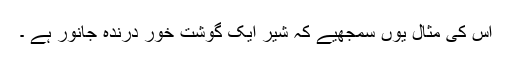
اس کی مثال یوں سمجھیے کہ شیر ایک گوشت خور درندہ جانور ہے ۔